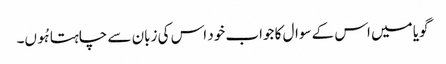
گویا میں اس کے سوال کا جواب خود اس کی زبان سے چاہتا ہُوں۔